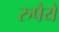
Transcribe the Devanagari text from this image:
रुपैये